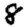
Digit: 8